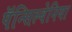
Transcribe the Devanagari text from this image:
पॅन्सिल्वेनिया